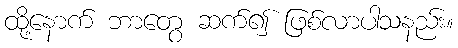
ထို့နောက် ဘာတွေ ဆက်၍ ဖြစ်လာပါသနည်း။